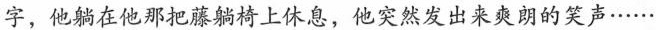
字，他躺在他那把藤椅上休息，他突然发出来爽朗的笑声……